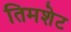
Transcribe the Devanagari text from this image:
तिमशेट